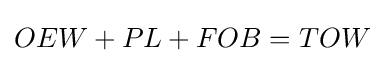
OEW+PL+FOB=TOW